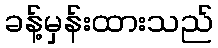
ခန့်မှန်းထားသည်